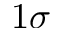
1 \sigma